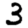
Digit: 3